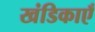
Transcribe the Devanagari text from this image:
खंडिकाएँ